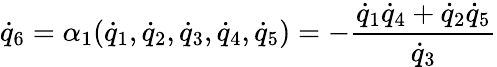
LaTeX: {\dot{q}}_{6}=\alpha_{1}({\dot{q}}_{1},{\dot{q}}_{2},{\dot{q}}_{3},{\dot{q}}_{4},{\dot{q}}_{5})=-\frac{{\dot{q}}_{1}{\dot{q}}_{4}+{\dot{q}}_{2}{\dot{q}}_{5}}{{\dot{q}}_{3}}